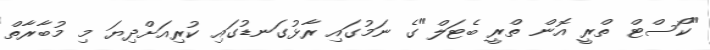
"ކޯސްޓް ތްރީ އޮން ތްރީ ބެޓަލް"ގެ ނަމުގައި ރާޅުގަނޑުގައި ކުރިއަށްދިޔަ މި މުބާރާތް